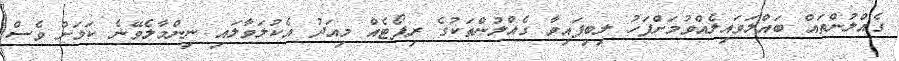
ގެއްލުންތައް ބައްލަވައިލެއްވުމަށްފަހު ލިބިފައިވާ ގެއްލުންތަކުގެ ރިޕޯޓެއް މިއަދު އެކުލަވާލައި ނިންމާލެވޭނެ ކަމަށް ވެސް